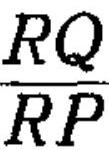
$\frac{RQ}{RP}$